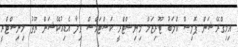
އިމިގްރޭޝަން ޕޮލިސް ކްލަބު ޓޫރިޒަމް މިނިސްޓްރީ ކަސްޓަމްސް ވިލާ އެޑިއުކޭޝަން ޔޫތު މިނިސްޓްރީ